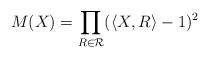
LaTeX: \begin{align*}M(X)= \prod_{R \in \mathcal{R}} (\left\langle X,R \right\rangle -1)^2\end{align*}